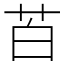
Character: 苩